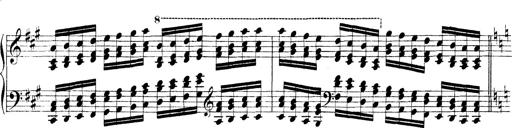
Title: Technische Studien
Composer: Franz Liszt